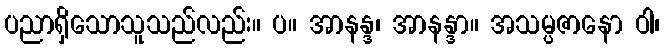
ပညာရှိသောသူသည်လည်း။ ပ။ အာနန္ဒ၊ အာနန္ဒာ။ အသမ္ပဇာနော ဝါ၊